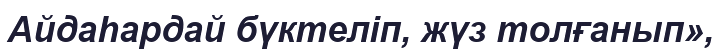
Айдаһардай бүктеліп, жүз толғанып»,